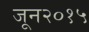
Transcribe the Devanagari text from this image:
जून२०१५